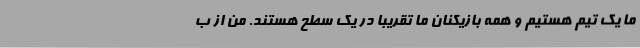
ما یک تیم هستیم و همه بازیکنان ما تقریبا در یک سطح هستند. من از ب